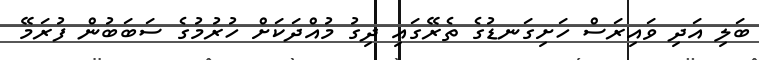
ބަލި އަދި ވައިރަސް ހަށިގަނޑުގެ ތެރޭގައި ދިގު މުއްދަކަށް ހުރުމުގެ ސަބަބުން ފުރަމޭ